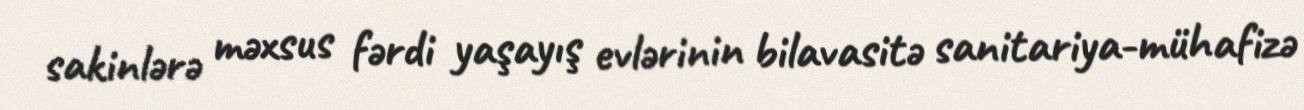
sakinlərə məxsus fərdi yaşayış evlərinin bilavasitə sanitariya-mühafizə